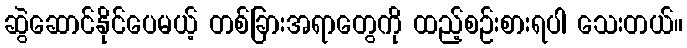
ဆွဲဆောင်နိုင်ပေမယ့် တစ်ခြားအရာတွေကို ထည့်စဉ်းစားရပါ သေးတယ်။